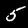
Label: 5